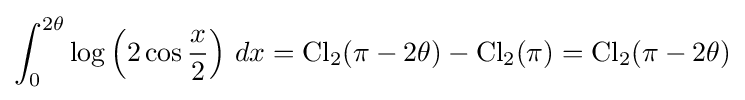
\int _{0}^{2\theta }\log \left(2\cos {\frac {x}{2}}\right)\,dx=\operatorname {Cl} _{2}(\pi -2\theta )-\operatorname {Cl} _{2}(\pi )=\operatorname {Cl} _{2}(\pi -2\theta )